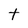
Character: t